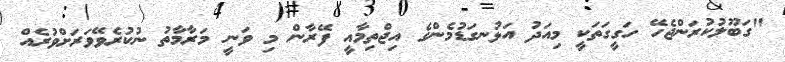
"ގަބޫލުކުރަންޖެހޭ ހަގީގަތަކީ މިއަދު އަޅުނގަޑުމެންގެ އިޖްތިމާއީ ފޭރާން މި ވަނީ މަރާމާތު ނުކުރެވޭވަރަށްވުރެއް